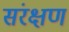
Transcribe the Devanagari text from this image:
संरक्षण